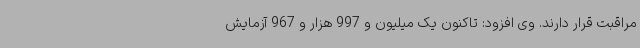
مراقبت قرار دارند. وی افزود: تاکنون یک میلیون و 997 هزار و 967 آزمایش